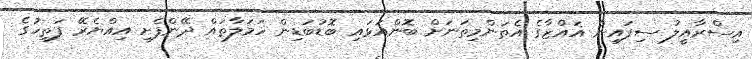
އިސްރާއީލު ސިފައިން ޣައްޒާގެ އެތަންމިތަނަށް ބޮންއަޅައި ބޮޑުބަޑިން ހަމަލާތައް ދޭންފެށީ އިއްޔެރޭ ފަތިހުގެ